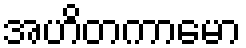
အဟိတကာမော